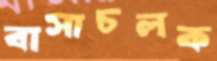
বাসাচলক